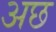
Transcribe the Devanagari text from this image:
अछ